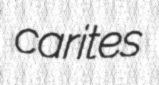
carites